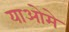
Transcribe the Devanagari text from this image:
याओमे